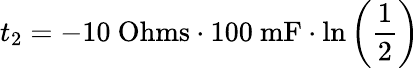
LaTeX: t_{2}=-10\ \mathrm{Ohms}\cdot 100\ \mathrm{mF}\cdot\ln\left(\frac{1}{2}\right)